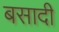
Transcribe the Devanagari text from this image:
बसादी